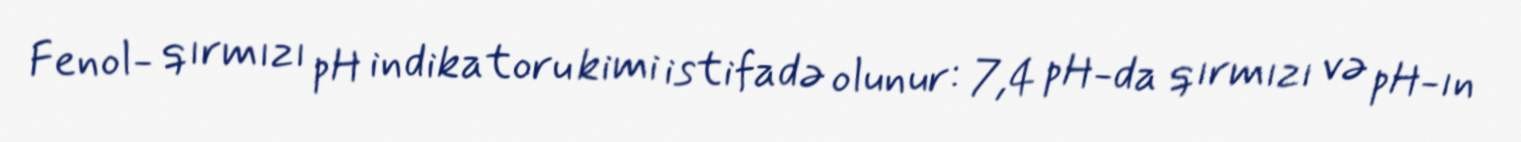
Fenol- qırmızı pH indikatoru kimi istifadə olunur: 7,4 pH-da qırmızı və pH-ın